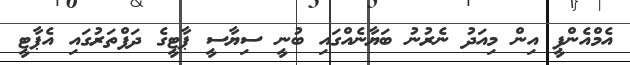
އެމްއެންޕީ އިން މިއަދު ނެރުނު ބަޔާނެއްގައި ބުނީ ސިޔާސީ ޕާޓީގެ ދަފްތަރުގައި އެޕާޓީ